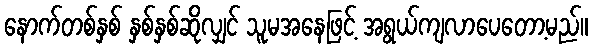
နောက်တစ်နှစ် နှစ်နှစ်ဆိုလျှင် သူမအနေဖြင့် အရွယ်ကျလာပေတော့မည်။